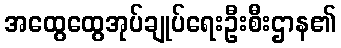
အထွေထွေအုပ်ချုပ်ရေးဦးစီးဌာန၏